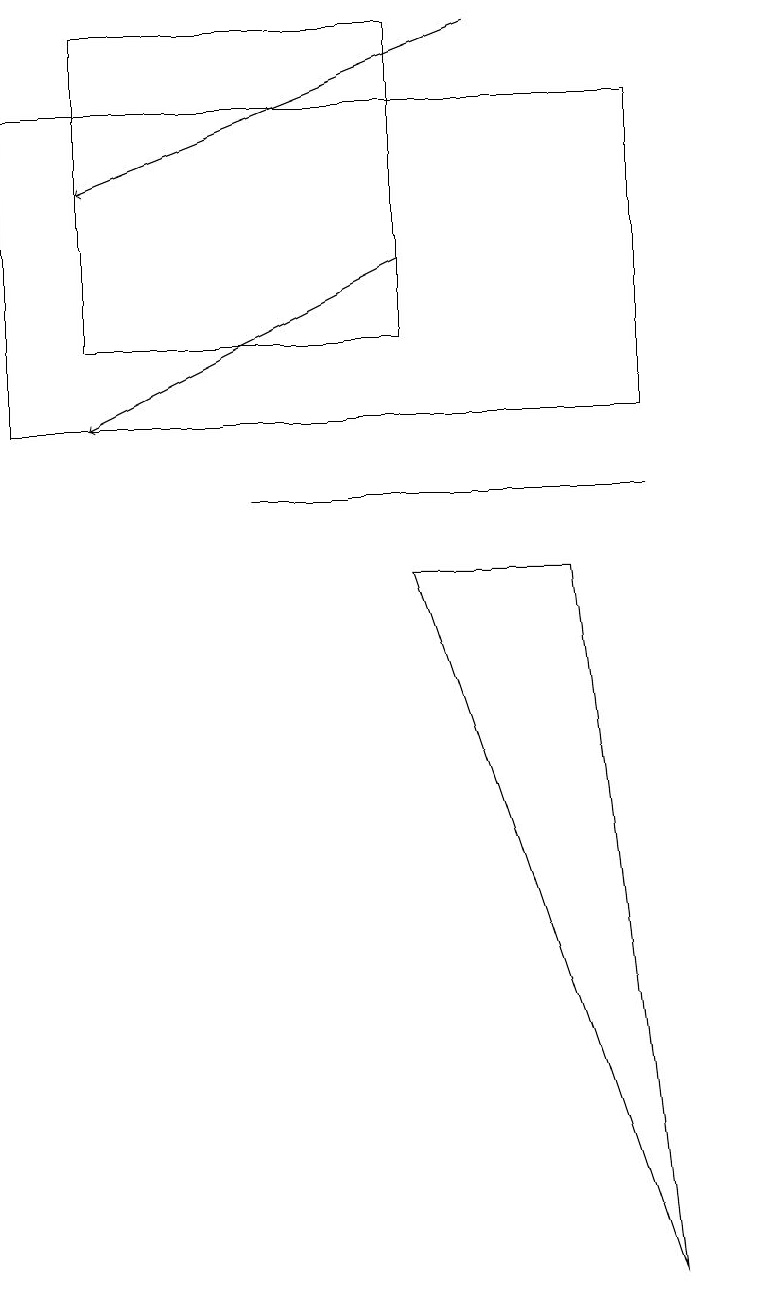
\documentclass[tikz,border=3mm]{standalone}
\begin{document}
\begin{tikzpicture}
\draw (6,9) -- (8,9) -- (9,0) -- cycle;
\draw (4,10) rectangle (9,10);
\draw[->] (6,13) -- (2,11);
\draw[->] (7,16) -- (2,14);
\draw (2,12) rectangle (6,16);
\draw (10,11) circle (0);
\draw (9,15) rectangle (1,11);
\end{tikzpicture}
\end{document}